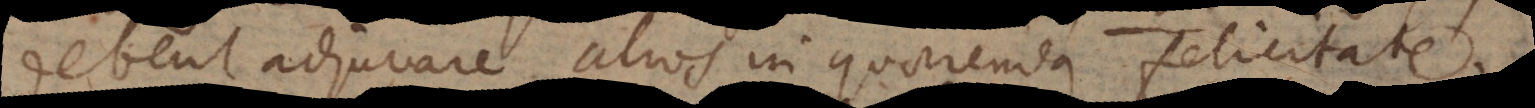
debent adjuvare alios in quaerenda felicitate.